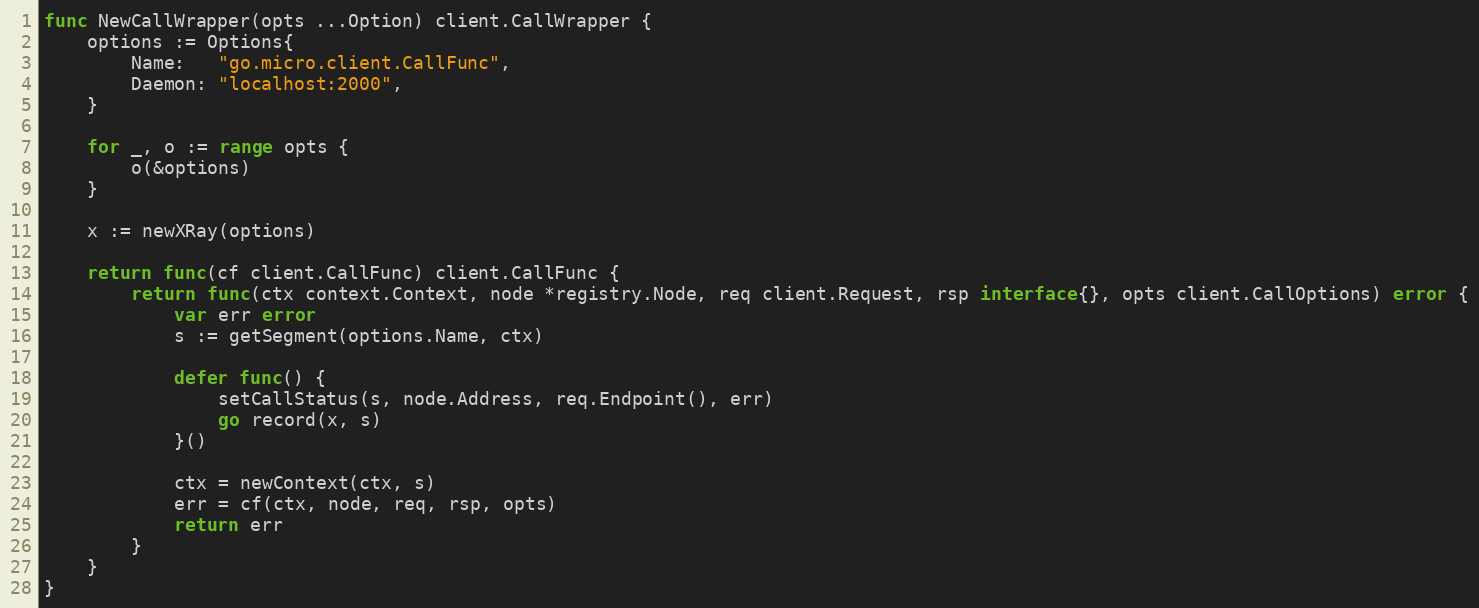
Language: Go
func NewCallWrapper(opts ...Option) client.CallWrapper {
	options := Options{
		Name:   "go.micro.client.CallFunc",
		Daemon: "localhost:2000",
	}

	for _, o := range opts {
		o(&options)
	}

	x := newXRay(options)

	return func(cf client.CallFunc) client.CallFunc {
		return func(ctx context.Context, node *registry.Node, req client.Request, rsp interface{}, opts client.CallOptions) error {
			var err error
			s := getSegment(options.Name, ctx)

			defer func() {
				setCallStatus(s, node.Address, req.Endpoint(), err)
				go record(x, s)
			}()

			ctx = newContext(ctx, s)
			err = cf(ctx, node, req, rsp, opts)
			return err
		}
	}
}